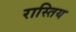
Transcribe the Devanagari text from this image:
रास्तिय